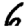
Digit: 6